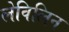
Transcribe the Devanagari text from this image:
लेविलिन